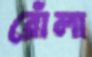
রোঁলা